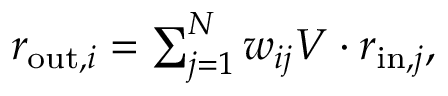
\begin{array} { r } { \textstyle r _ { \mathrm { o u t } , i } = \sum _ { j = 1 } ^ { N } w _ { i j } V \cdot r _ { \mathrm { i n } , j } , } \end{array}